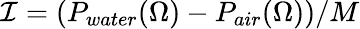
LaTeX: \mathcal{I}=(P_{water}(\Omega)-P_{air}(\Omega))/M